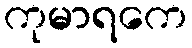
ကုမာရကေ